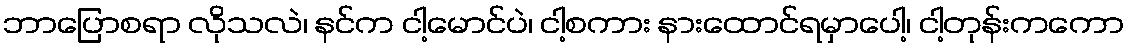
ဘာပြောစရာ လိုသလဲ၊ နင်က ငါ့မောင်ပဲ၊ ငါ့စကား နားထောင်ရမှာပေါ့၊ ငါ့တုန်းကကော